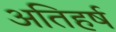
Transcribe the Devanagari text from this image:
अतिहर्ष